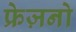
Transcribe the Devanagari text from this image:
फ्रेज़नो